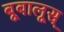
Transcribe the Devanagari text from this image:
बूबालूस्